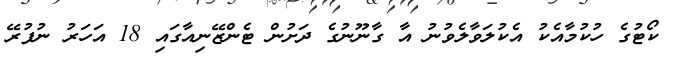
ކޯޓުގެ ހުކުމާއެކު އެކުލަވާލެވުނު އާ ގާނޫނުގެ ދަށުން ޓެންޒޭނިއާގައި 18 އަހަރު ނުފުރޭ